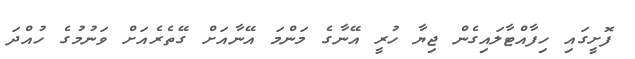
ފޮށީގައި ހިފާއްޓާލައިގެން ޖިޔާ ހުރީ އޭނާގެ މަންމަ އޭނާއަށް ގޭތެރެއަށް ވަނުމުގެ ހުއްދަ